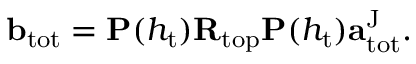
\begin{array} { r } { \mathbf { b } _ { \mathrm { t o t } } = \mathbf { P } ( h _ { \mathrm { t } } ) \mathbf { R } _ { \mathrm { t o p } } \mathbf { P } ( h _ { \mathrm { t } } ) \mathbf { a } _ { \mathrm { t o t } } ^ { \mathrm { J } } . } \end{array}